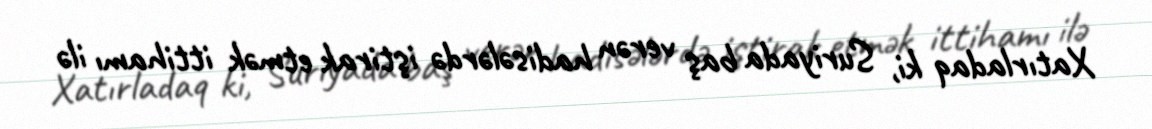
Xatırladaq ki, Suriyada baş verən hadisələrdə iştirak etmək ittihamı ilə